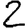
Digit: 2